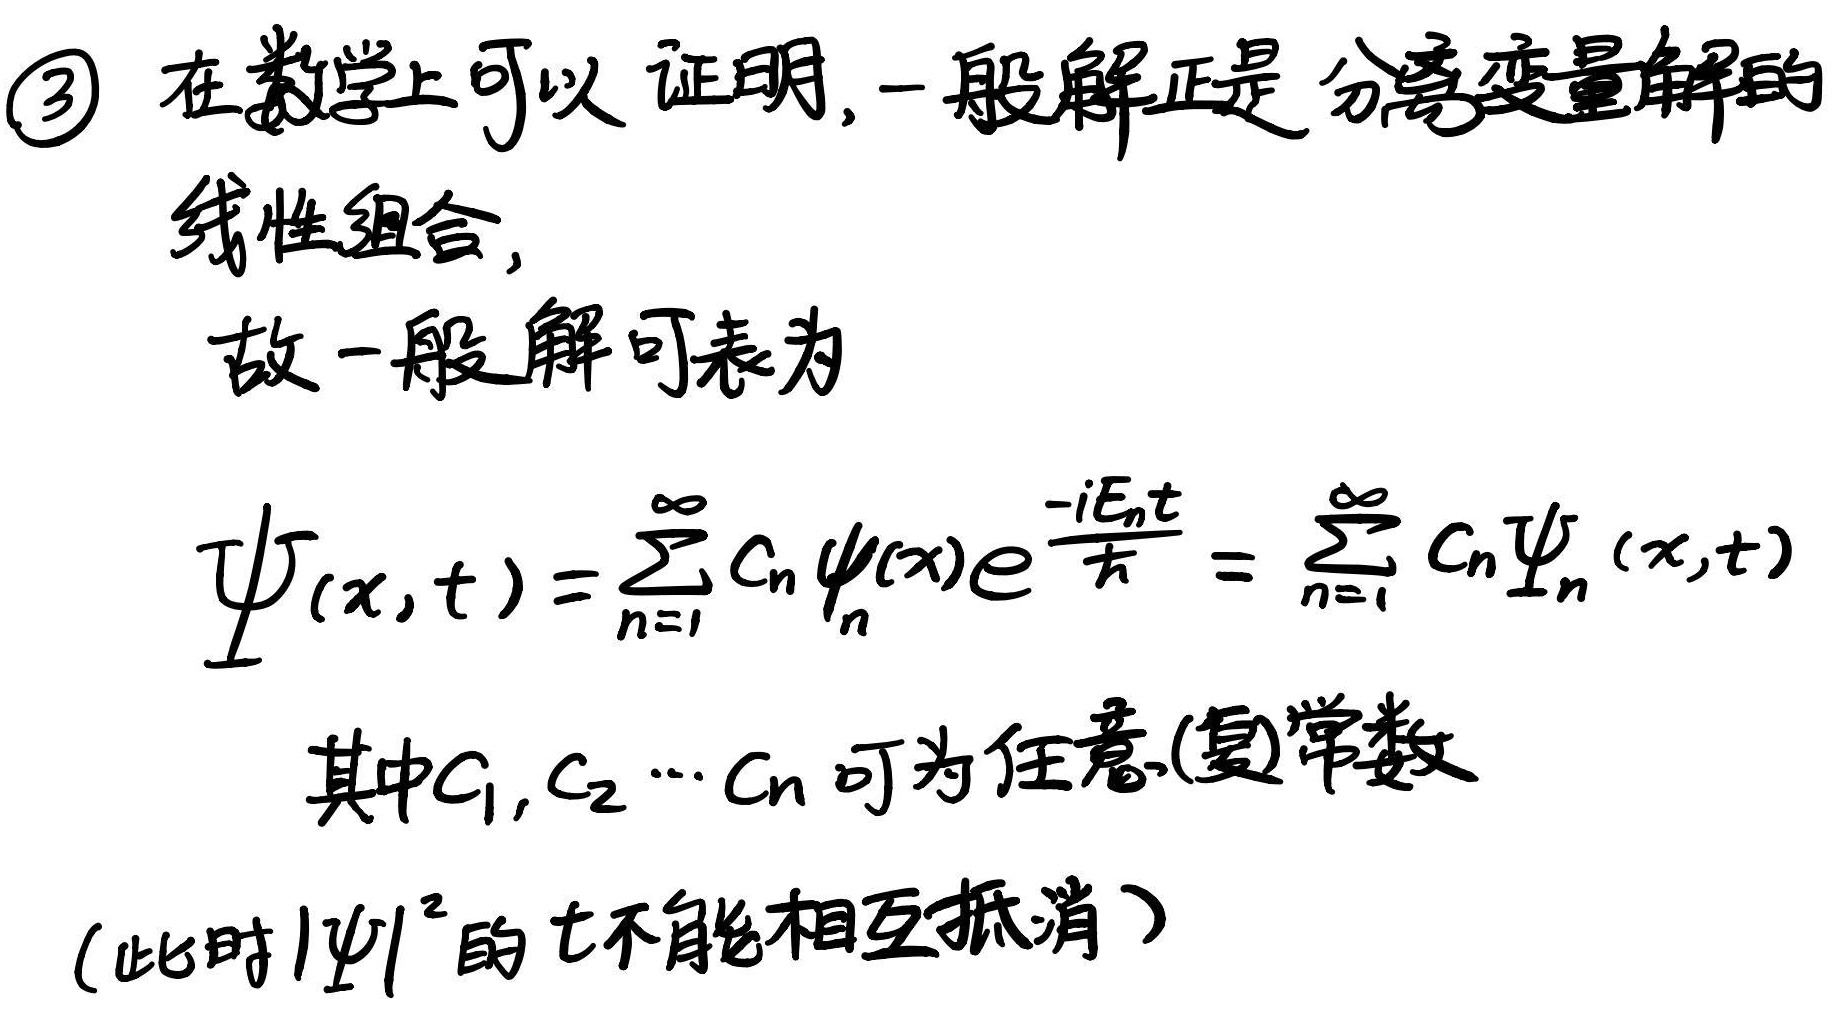
\textcircled{3} 在数学上可以证明,一般解正是分离变量解的
线性组合,
故一般解可表为
\[
\Psi(x,t)=\sum_{n = 1}^{\infty} C_n \psi_n(x)e^{\frac{-iE_nt}{\hbar}}=\sum_{n = 1}^{\infty} C_n \Psi_n(x,t)
\]
其中$C_1,C_2\cdots C_n$可为任意(复)常数
(此时$|\Psi|^2$的$t$不能相互抵消)